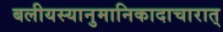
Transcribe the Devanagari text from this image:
बलीयस्यानुमानिकादाचारात्